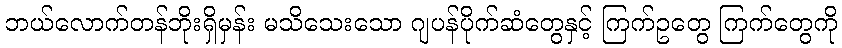
ဘယ်လောက်တန်ဘိုးရှိမှန်း မသိသေးသော ဂျပန်ပိုက်ဆံတွေနှင့် ကြက်ဥတွေ ကြက်တွေကို